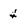
Character: 4